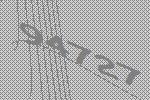
94727